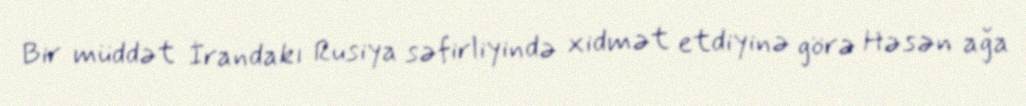
Bir müddət İrandakı Rusiya səfirliyində xidmət etdiyinə görə Həsən ağa